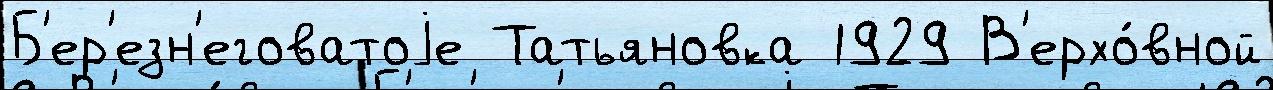
Б'ер'езн'еговатоjе Татьяновка 1929 В'ерхо́вной